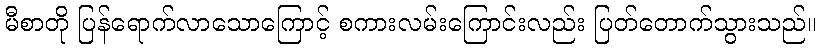
မီစာတို ပြန်ရောက်လာသောကြောင့် စကားလမ်းကြောင်းလည်း ပြတ်တောက်သွားသည်။